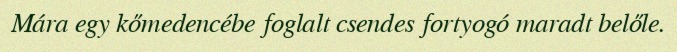
Mára egy kőmedencébe foglalt csendes fortyogó maradt belőle.